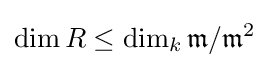
\dim R\leq \dim _{k}{\mathfrak {m}}/{\mathfrak {m}}^{2}